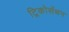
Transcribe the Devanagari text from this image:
ट्रिकोसेंथन